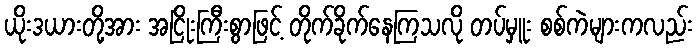
ယိုးဒယားတို့အား အငြိုးကြီးစွာဖြင့် တိုက်ခိုက်နေကြသလို တပ်မှူး စစ်ကဲများကလည်း